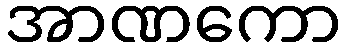
အာဏကော